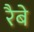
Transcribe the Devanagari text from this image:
रैबे